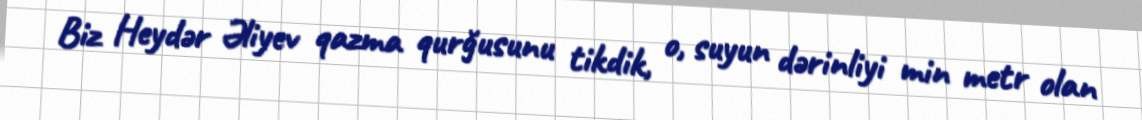
Biz Heydər Əliyev qazma qurğusunu tikdik, o, suyun dərinliyi min metr olan